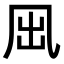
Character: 𠘼